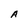
Character: A